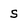
Character: S